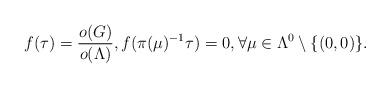
LaTeX: \begin{align*}f(\tau) =\frac{o(G)}{o(\Lambda)}, f(\pi(\mu)^{-1}\tau) =0, \forall \mu\in \Lambda^0\setminus \{(0,0)\}.\end{align*}